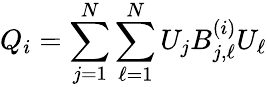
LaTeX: Q_{i}=\sum_{j=1}^{N}\sum_{\ell=1}^{N}U_{j}B_{j,\ell}^{(i)}U_{\ell}